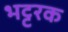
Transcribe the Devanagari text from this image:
भट्टरक